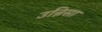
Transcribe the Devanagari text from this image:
उन्निसा